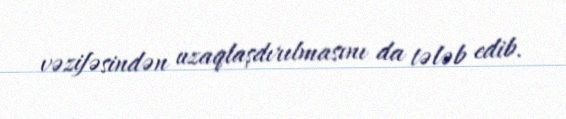
vəzifəsindən uzaqlaşdırılmasını da tələb edib.